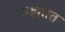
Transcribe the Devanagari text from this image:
मन्हतात